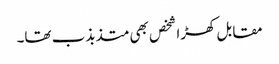
مقابل کھڑا شخص بھی متذبذب تھا۔